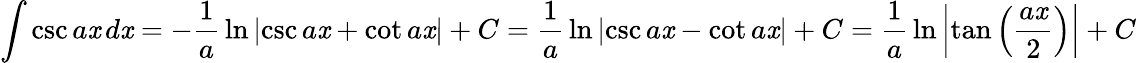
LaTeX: \int\csc{a\mathit{x}}\, d\mathit{x}=-{\frac{{1}}{{a}}}\ln{\left|\csc{a\mathit{x}}+\cot{a\mathit{x}}\right|}+C={\frac{{1}}{{a}}}\ln{\left|\csc{a\mathit{x}}-\cot{a\mathit{x}}\right|}+C={\frac{{1}}{{a}}}\ln{\left|\tan{\left({\frac{{a\mathit{x}}}{{2}}}\right)}\right|}+C